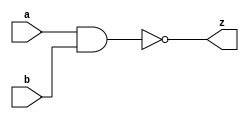
//#############################################################################
//# Function: 2 Input Nand Gate                                               #
//# Copyright: OH Project Authors. ALl rights Reserved.                       #
//# License:  MIT (see LICENSE file in OH repository)                         #
//#############################################################################

module asic_nand2 #(parameter PROP = "DEFAULT")   (
    input  a,
    input  b,
    output z
    );

   assign z = ~(a & b);

endmodule